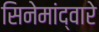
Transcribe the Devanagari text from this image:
सिनेमांद्वारे